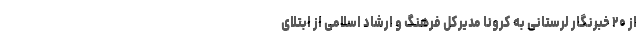
از ۲۰ خبرنگار لرستانی به کرونا مدیرکل فرهنگ و ارشاد اسلامی از ابتلای